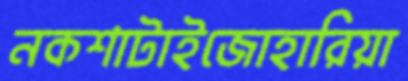
নকশাটাইজোহারিয়া